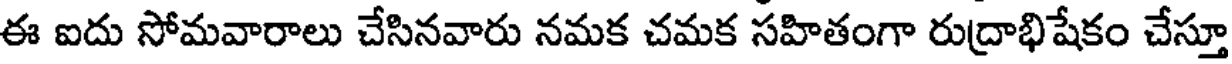
ఈ ఐదు సోమవారాలు చేసినవారు నమక చమక సహితంగా రుద్రాభిషేకం చేస్తూ